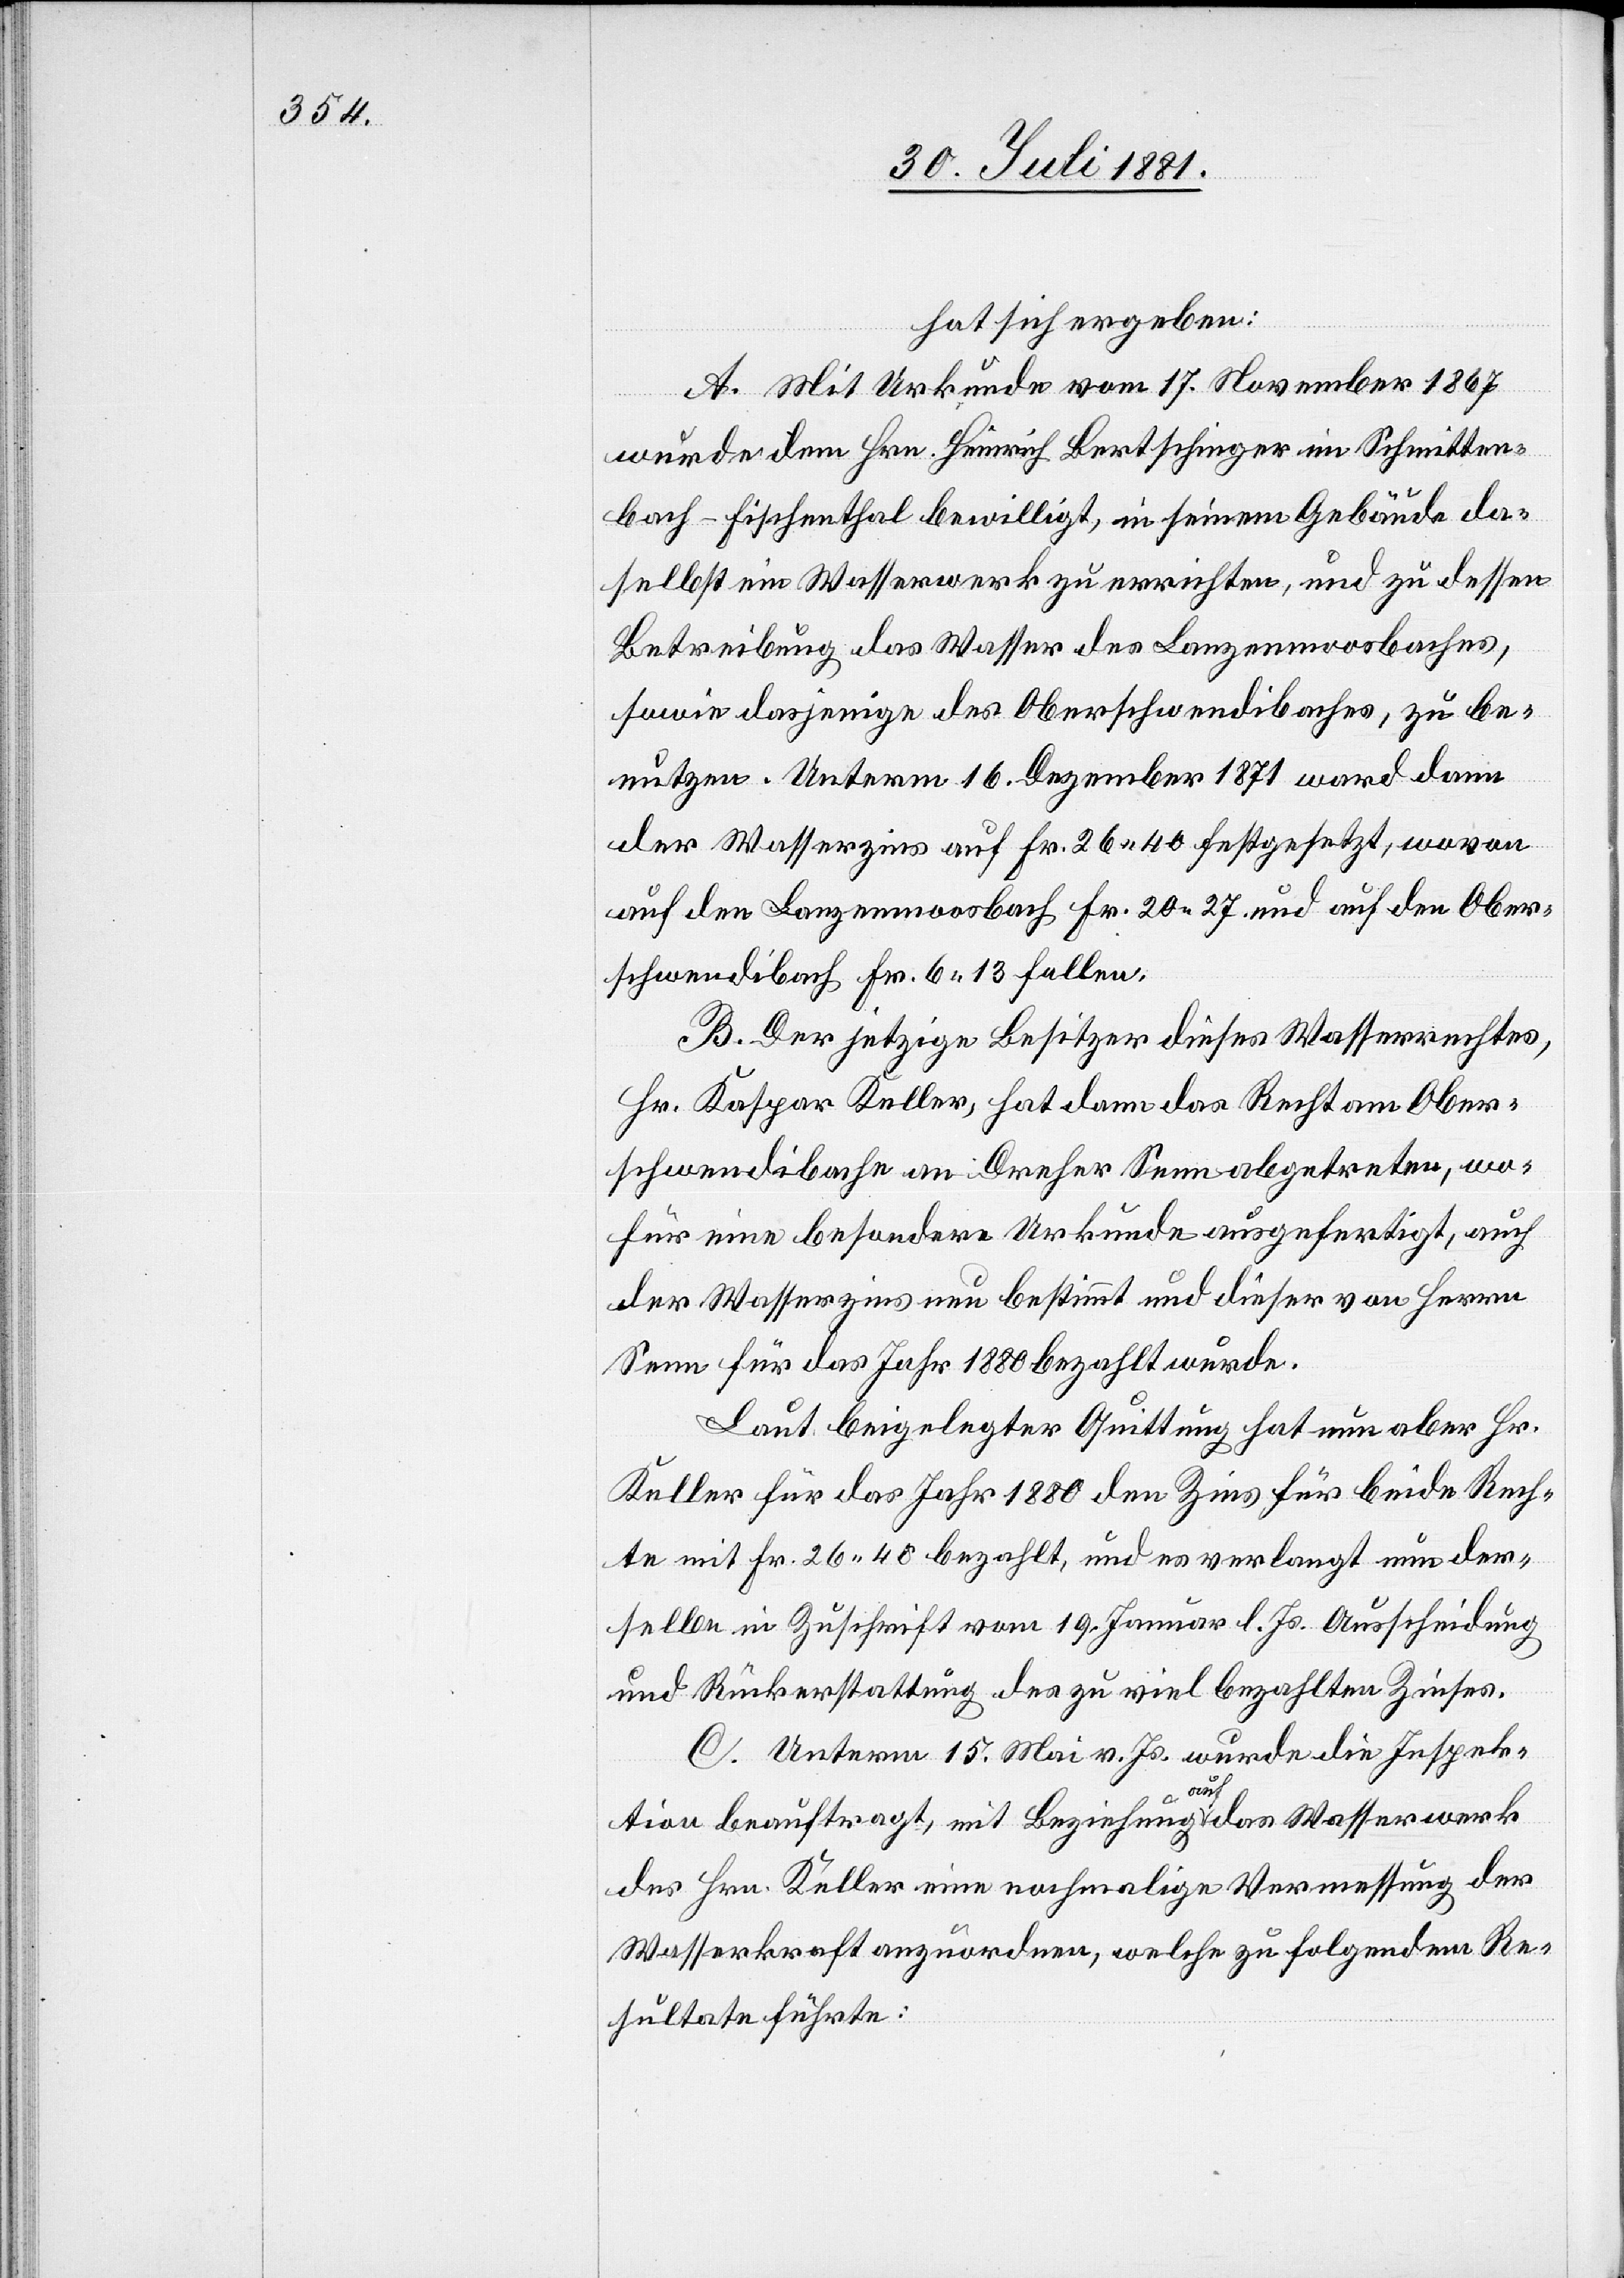
hat sich ergeben:
A. Mit Urkunde vom 17. November 1867
wurde dem Hrn. Heinrich Bertschinger im Schmitten¬
bach - Fischenthal [sic!] bewilligt, in seinem Gebäude da¬
selbst ein Wasserwerk zu errichten, und zu dessen
Betreibung das Wasser des Lanzenmoosbaches,
sowie dasjenige des Oberschwendibaches, zu be¬
nutzen. Unterm 16. Dezember 1871 ward dann
der Wasserzins auf Fr. 26 40. festgesetzt, wovon
auf den Lanzenmoosbach Fr. 20 27. und auf den Ober¬
schwendibach Fr. 6 13. fallen.
B. Der jetzige Besitzer dieses Wasserrechtes,
Hr. Kaspar Keller, hat dann das Recht am Ober¬
schwendibach an Dreher Senn abgetreten, wo¬
für eine besondere Urkunde ausgefertigt, auch
der Wasserzins bestimmt und dieser von Herrn
Senn für das Jahr 1880 bezahlt wurde.
Laut beigelegter Quittung hat nun aber Hr.
Keller für das Jahr 1880 den Zins für beide Rech¬
te mit Fr. 26 48. bezahlt, und es verlangt nun der¬
selbe in Zuschrift vom 19. Januar l. Js Ausscheidung
und Rückerstattung des zu viel bezahlten Zinses.
C. Unterm 15. Mai v. Js. wurde die Inspek¬
tion beauftragt, mit Beziehung auf das Wasserwerk
des Hrn. Keller eine nochmalige Vermessung der
Wasserkraft anzuordnen, welche zu folgendem Re¬
sultate führte: